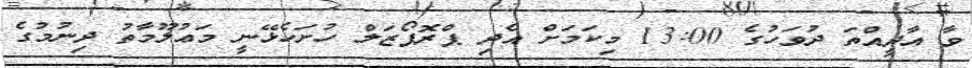
ވާ އާދީއްތަ ދުވަހުގެ 13:00 މިކަމަށް އެދި ޕްރޮޕޯޒަލް ހުށަހެޅޭނީ މަޢުލޫމާތު ދިނުމުގެ